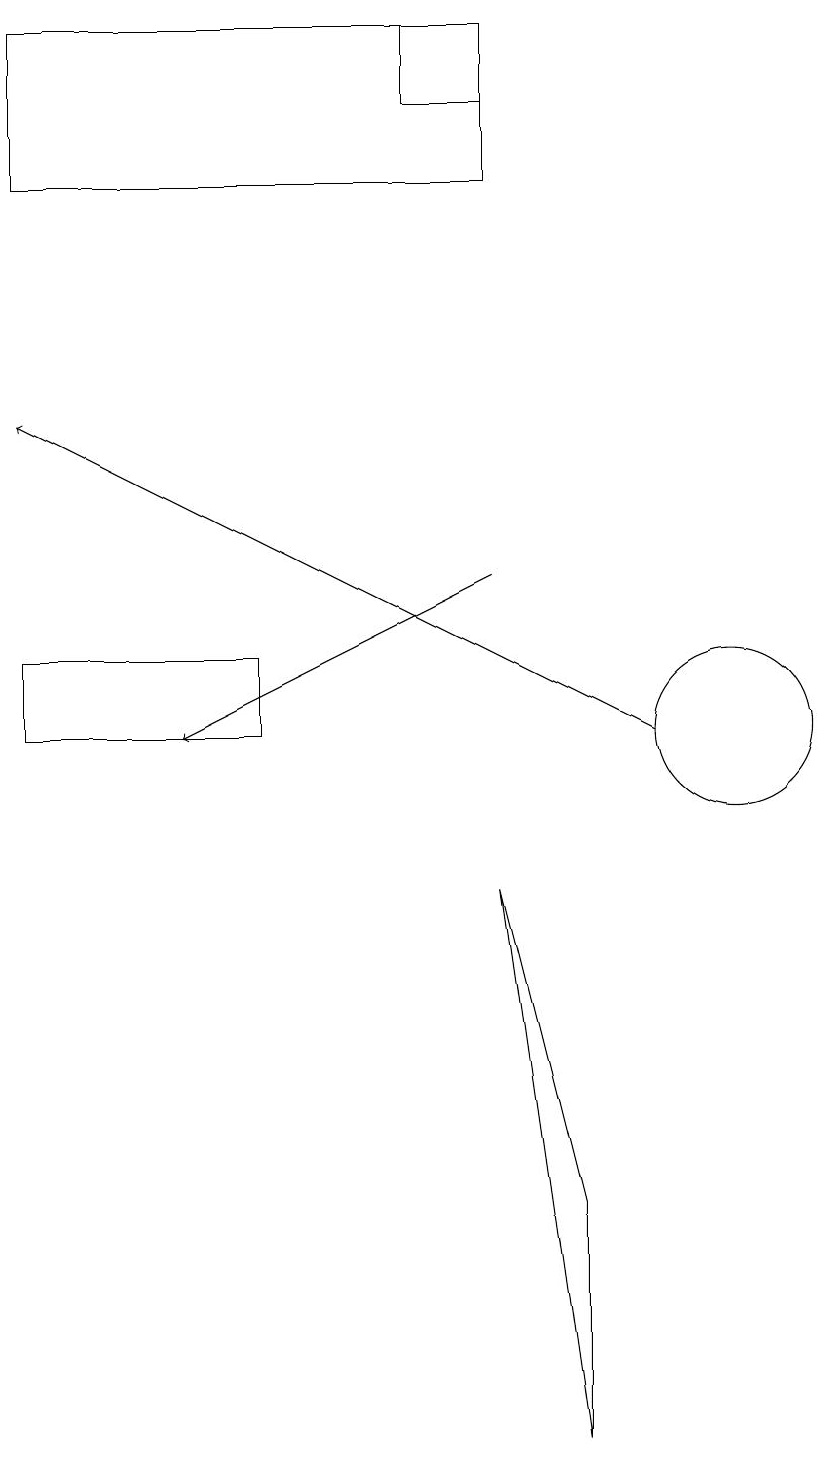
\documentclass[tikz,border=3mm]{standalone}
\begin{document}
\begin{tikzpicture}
\draw[->] (7,12) -- (3,10);
\draw (10,10) circle (1);
\draw (1,19) rectangle (7,17);
\draw (1,11) rectangle (4,10);
\draw[->] (9,10) -- (1,14);
\draw (8,1) -- (7,8) -- (8,4) -- cycle;
\draw (7,19) rectangle (6,18);
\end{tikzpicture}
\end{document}